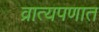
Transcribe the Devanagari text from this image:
व्रात्यपणात